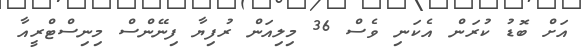
އަށް ބޮޑު ކުރަން އެކަނި ވެސް 36 މިލިއަން ރުފިޔާ ފިނޭންސް މިނިސްޓްރީއާ